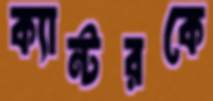
ক্যান্টরকে